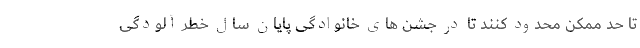
تا حد ممکن محدود کنند تا در جشن های خانوادگی پایان سال خطر آلودگی